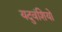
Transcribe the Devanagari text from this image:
यदुवंशियो